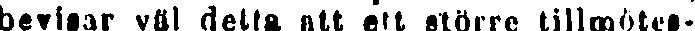
bevisar väl detta att ett större tillmötes-